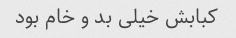
کبابش خیلی بد و خام بود